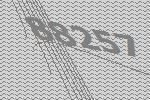
88257